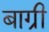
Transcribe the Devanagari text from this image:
बाग्री